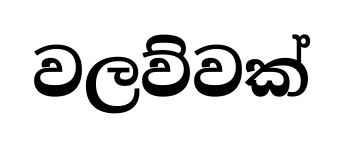
වලව්වක්